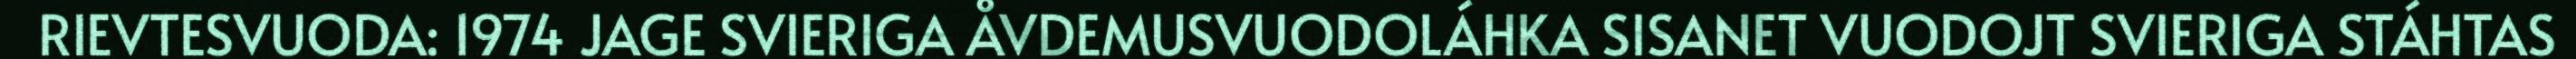
RIEVTESVUODA: 1974 JAGE SVIERIGA ÅVDEMUSVUODOLÁHKA SISANET VUODOJT SVIERIGA STÁHTAS